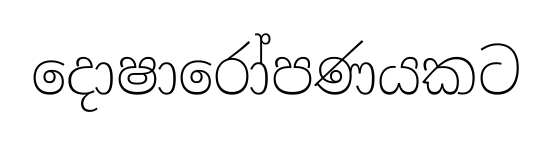
දොෂාරෝපණයකට